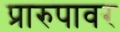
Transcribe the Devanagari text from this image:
प्रारुपावर